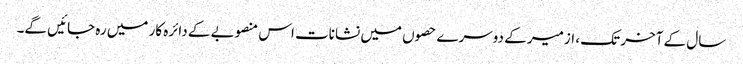
سال کے آخر تک ، ازمیر کے دوسرے حصوں میں نشانات اس منصوبے کے دائرہ کار میں رہ جائیں گے۔